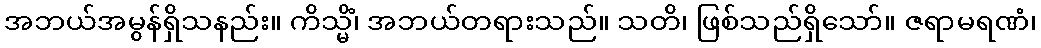
အဘယ်အမွန်ရှိသနည်း။ ကိသ္မိံ၊ အဘယ်တရားသည်။ သတိ၊ ဖြစ်သည်ရှိသော်။ ဇရာမရဏံ၊